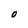
Character: O